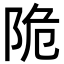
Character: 陒